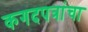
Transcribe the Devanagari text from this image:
कगदपत्रांचा